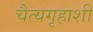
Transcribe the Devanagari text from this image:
चैत्यगृहाशी